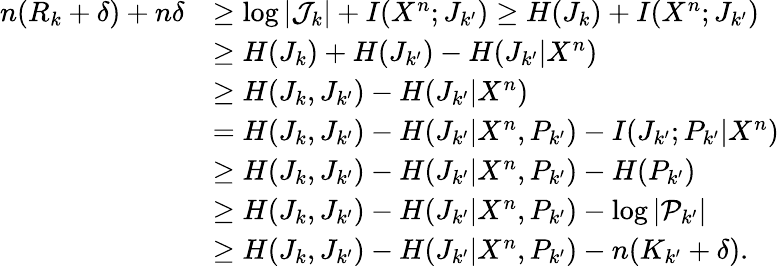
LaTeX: \begin{array}{rl}{n(R_{k}+\delta)+n\delta}&{\ge\log|\mathcal{J}_{k}|+I(X^{n};J_{k^{\prime}})\ge H(J_{k})+I(X^{n};J_{k^{\prime}})}\\ &{\ge H(J_{k})+H(J_{k^{\prime}})-H(J_{k^{\prime}}|X^{n})}\\ &{\ge H(J_{k},J_{k^{\prime}})-H(J_{k^{\prime}}|X^{n})}\\ &{=H(J_{k},J_{k^{\prime}})-H(J_{k^{\prime}}|X^{n},P_{k^{\prime}})-I(J_{k^{\prime}};P_{k^{\prime}}|X^{n})}\\ &{\ge H(J_{k},J_{k^{\prime}})-H(J_{k^{\prime}}|X^{n},P_{k^{\prime}})-H(P_{k^{\prime}})}\\ &{\ge H(J_{k},J_{k^{\prime}})-H(J_{k^{\prime}}|X^{n},P_{k^{\prime}})-\log|\mathcal{P}_{k^{\prime}}|}\\ &{\ge H(J_{k},J_{k^{\prime}})-H(J_{k^{\prime}}|X^{n},P_{k^{\prime}})-n(K_{k^{\prime}}+\delta).}\end{array}